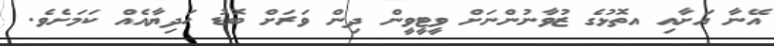
އޭނާ އަށާއި އތޮޅުގެ ޒުވާނުންނަށް ވީޓީވީން ދިން ވަރަށް ބޮޑު ހަދިޔާއެއް ކަމަށެވެ.